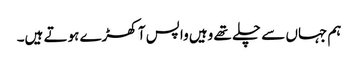
ہم جہاں سے چلے تھے وہیں واپس آ کھڑے ہوتے ہیں۔